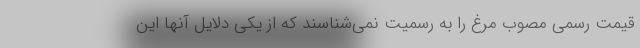
قیمت رسمی مصوب مرغ را به رسمیت نمی‌شناسند که از یکی دلایل آنها این